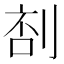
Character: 𠝒